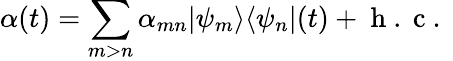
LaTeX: \alpha(t)=\sum_{m>n}\alpha_{mn}|\psi_{m}\rangle\langle\psi_{n}|(t)+\mathrm{~h~.~c~.~}